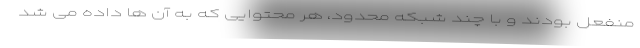
منفعل بودند و با چند شبکه محدود، هر محتوایی که به آن ها داده می شد